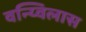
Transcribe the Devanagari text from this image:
वन्य्विलास